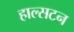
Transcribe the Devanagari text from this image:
हाल्सटन